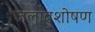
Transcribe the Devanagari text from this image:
जलावशोषण